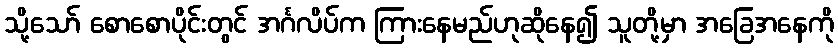
သို့သော် စောစောပိုင်းတွင် အင်္ဂလိပ်က ကြားနေမည်ဟုဆိုနေ၍ သူတို့မှာ အခြေအနေကို